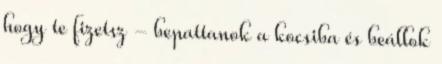
hogy te fizetsz - bepattanok a kocsiba és beállok